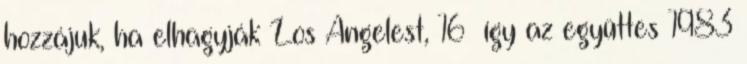
hozzájuk, ha elhagyják Los Angelest, 16 így az együttes 1983